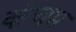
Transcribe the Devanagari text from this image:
कंचम